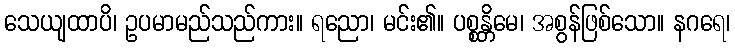
သေယျထာပိ၊ ဥပမာမည်သည်ကား။ ရညော၊ မင်း၏။ ပစ္စန္တိမေ၊ အစွန်ဖြစ်သော။ နဂရေ၊